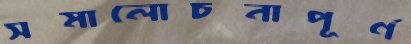
সমালোচনাপূর্ণ